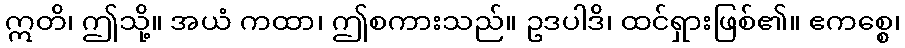
ဣတိ၊ ဤသို့။ အယံ ကထာ၊ ဤစကားသည်။ ဥဒပါဒိ၊ ထင်ရှားဖြစ်၏။ ဧကစ္စေ၊